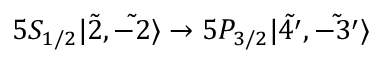
5 S _ { 1 / 2 } | \Tilde { 2 } , \Tilde { - 2 } \rangle \rightarrow 5 P _ { 3 / 2 } | \Tilde { 4 ^ { \prime } } , \Tilde { - 3 ^ { \prime } } \rangle